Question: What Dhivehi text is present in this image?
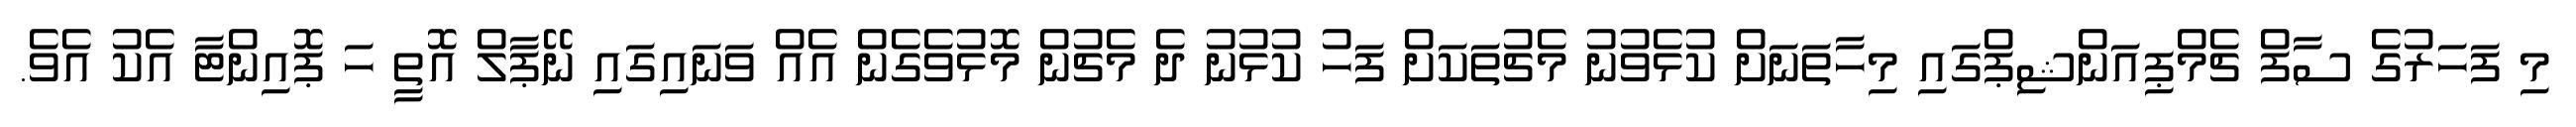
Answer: މި ފަހަރުގެ ސާފް ޗެމްޕިއަންޝިޕްގައި މިހާތަނަށް ކުޅެވުނު މެޗުތަކަށް ފަހު ކުޅުނު ދެ މެޗުން މޮޅުވެގެން އެއް ވަނައިގައި ނޭޕާލް އޮތީ ހަ ޕޮއިންޓާ އެކު އެވެ.